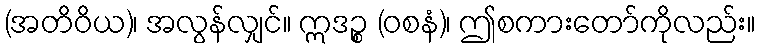
(အတိဝိယ)၊ အလွန်လျှင်။ ဣဒဉ္စ (ဝစနံ)၊ ဤစကားတော်ကိုလည်း။